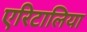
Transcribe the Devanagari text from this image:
एरिटालिया